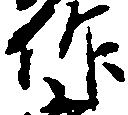
作